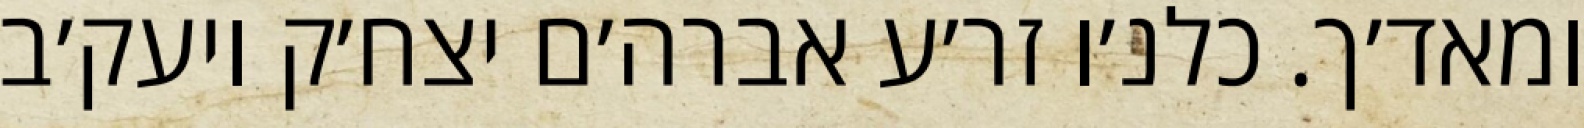
ומאד׳ך. כלנ׳ו זר׳ע אברה׳ם יצח׳ק ויעק׳ב